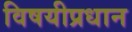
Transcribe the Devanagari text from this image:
विषयीप्रधान